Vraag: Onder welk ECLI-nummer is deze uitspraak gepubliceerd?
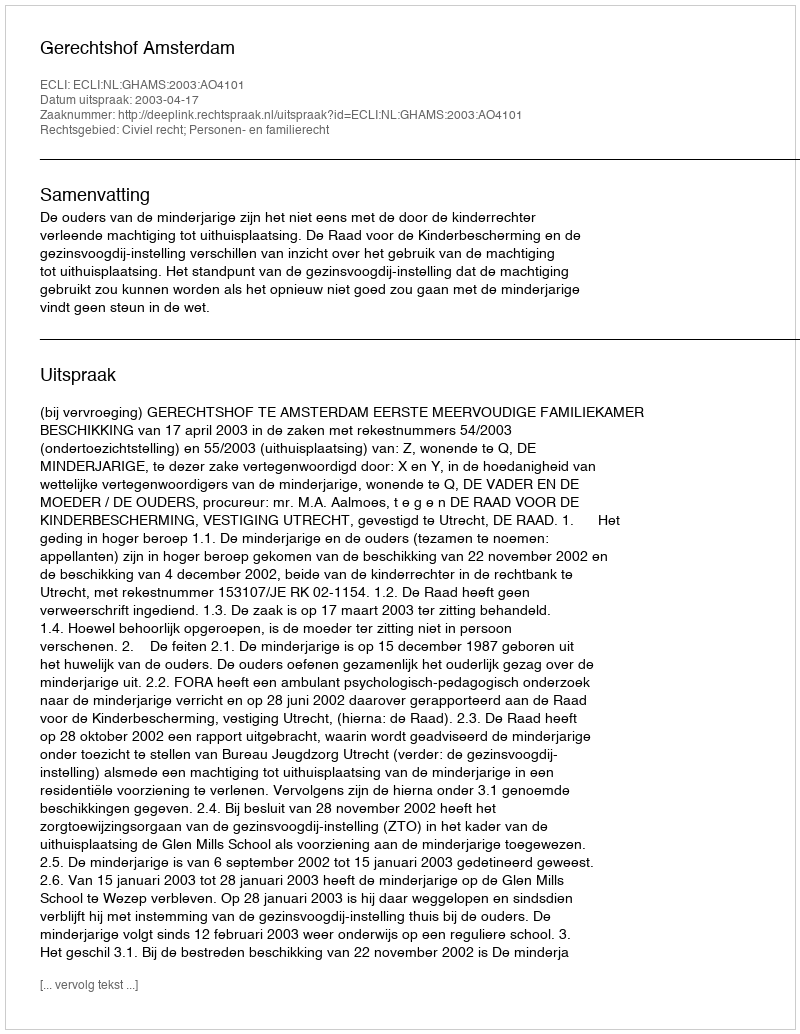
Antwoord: ECLI:NL:GHAMS:2003:AO4101